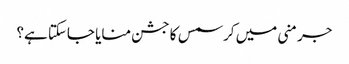
جرمنی میں کرسمس کا جشن منایا جاسکتا ہے؟